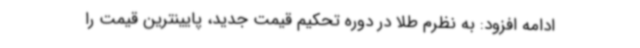
ادامه افزود: به نظرم طلا در دوره تحکیم قیمت جدید، پایینترین قیمت را